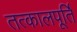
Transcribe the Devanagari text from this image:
तत्कालपूर्ति